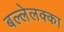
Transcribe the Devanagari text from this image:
बल्लेलक्का